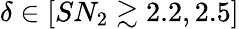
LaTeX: \delta\in[SN_{2}\gtrsim 2.2,2.5]